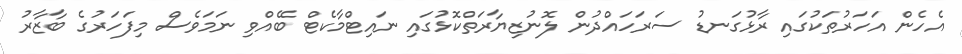
އެހެން އަހަރުތަކުގައި ރާޅުގަނޑު ސަރަހައްދުން ލޮނުޒިޔާރަތްކޮޅުގައި ނައިޓްމާކެޓް ބޭއްވި ނަމަވެސް މިފަހަރުގެ ބާޒާރު